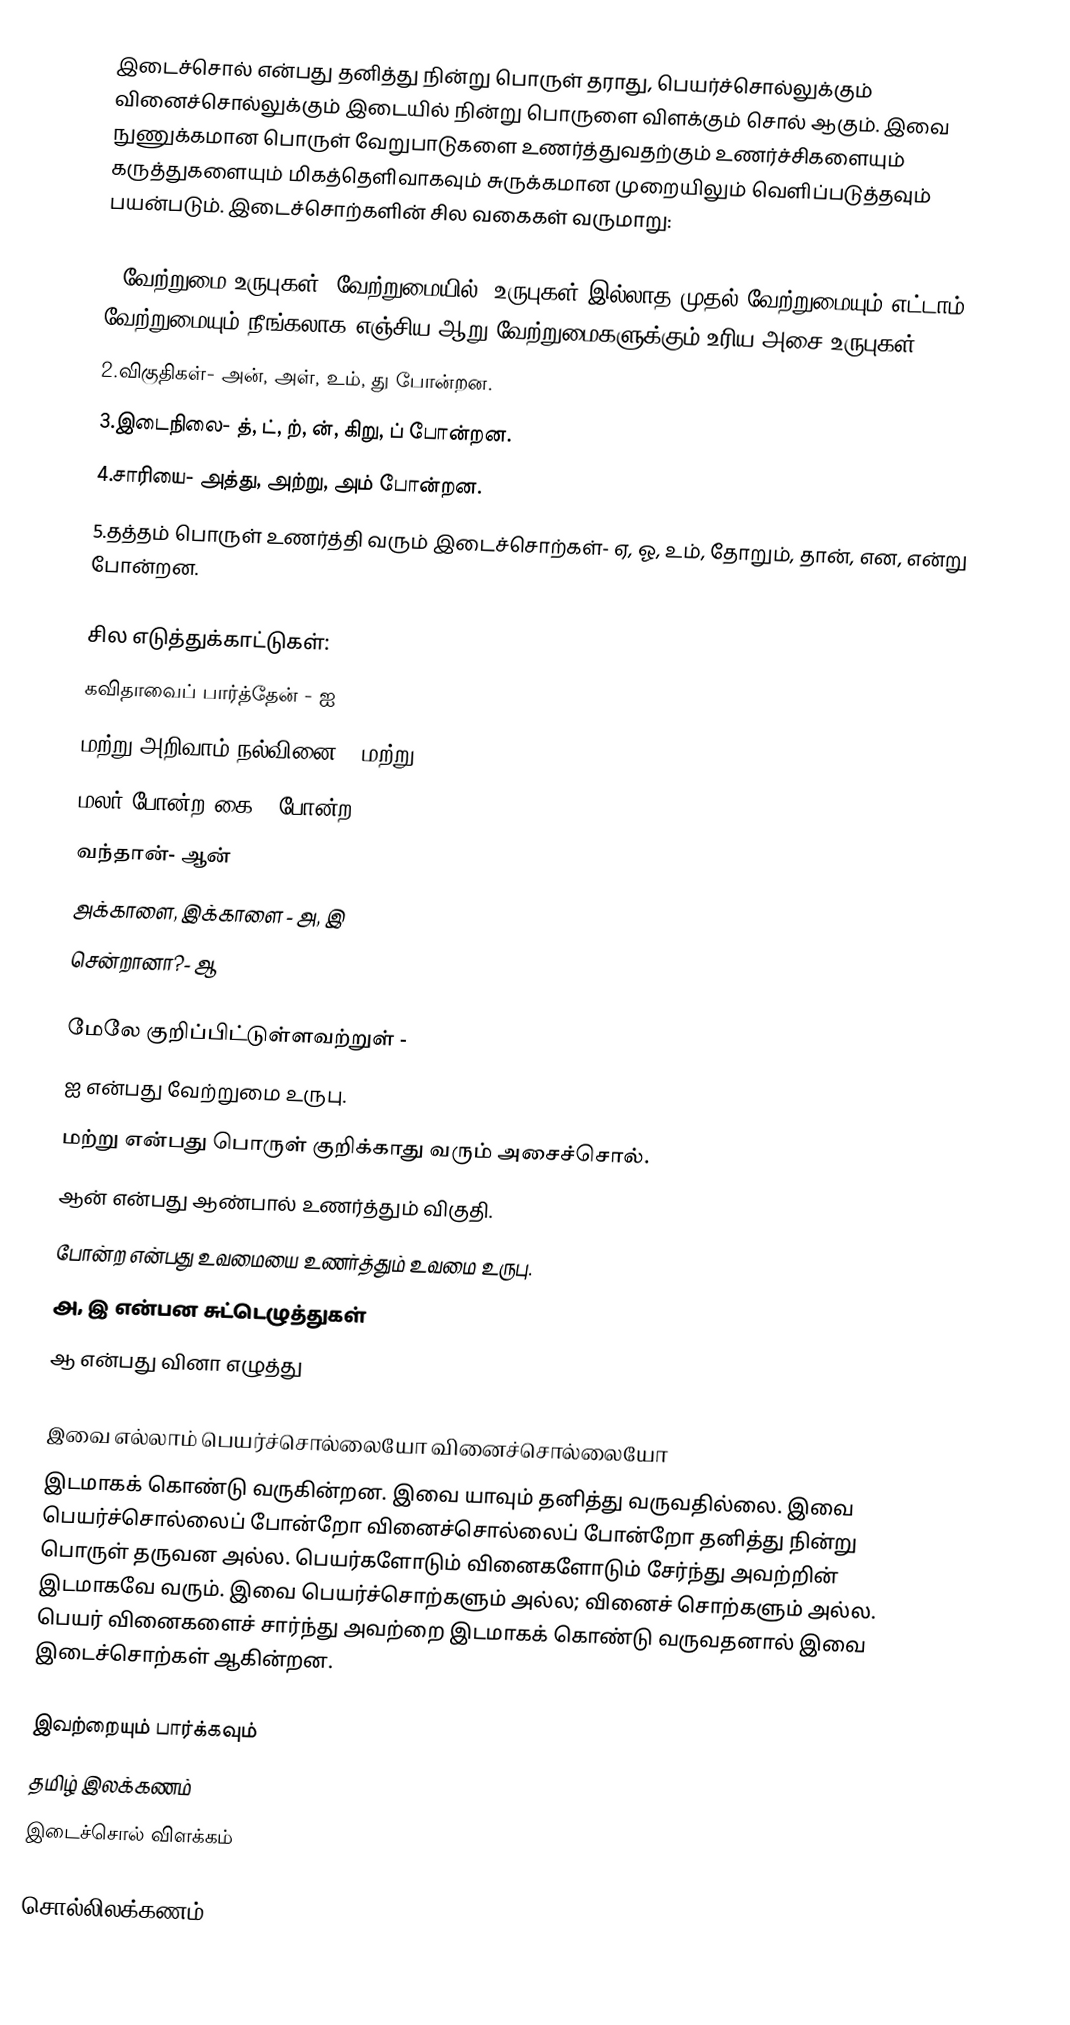
இடைச்சொல் என்பது தனித்து நின்று பொருள் தராது, பெயர்ச்சொல்லுக்கும் வினைச்சொல்லுக்கும் இடையில் நின்று பொருளை விளக்கும் சொல் ஆகும். இவை நுணுக்கமான பொருள் வேறுபாடுகளை உணர்த்துவதற்கும் உணர்ச்சிகளையும் கருத்துகளையும் மிகத்தெளிவாகவும் சுருக்கமான முறையிலும் வெளிப்படுத்தவும் பயன்படும். இடைச்சொற்களின் சில வகைகள் வருமாறு:

1.வேற்றுமை உருபுகள்- வேற்றுமையில், உருபுகள் இல்லாத முதல் வேற்றுமையும் எட்டாம் வேற்றுமையும் நீங்கலாக எஞ்சிய ஆறு வேற்றுமைகளுக்கும் உரிய அசை உருபுகள்.
2.விகுதிகள்- அன், அள், உம், து போன்றன.
3.இடைநிலை- த், ட், ற், ன், கிறு, ப் போன்றன.
4.சாரியை- அத்து, அற்று, அம் போன்றன.
5.தத்தம் பொருள் உணர்த்தி வரும் இடைச்சொற்கள்- ஏ, ஓ, உம், தோறும், தான், என, என்று போன்றன.

சில எடுத்துக்காட்டுகள்:
கவிதாவைப் பார்த்தேன் - ஐ
மற்று அறிவாம் நல்வினை - மற்று
மலர் போன்ற கை - போன்ற
வந்தான்- ஆன்
அக்காளை, இக்காளை - அ, இ
சென்றானா?- ஆ

மேலே குறிப்பிட்டுள்ளவற்றுள் -
ஐ என்பது வேற்றுமை உருபு.
மற்று என்பது பொருள் குறிக்காது வரும் அசைச்சொல்.
ஆன் என்பது ஆண்பால் உணர்த்தும் விகுதி.
போன்ற என்பது உவமையை உணர்த்தும் உவமை உருபு.
அ, இ என்பன சுட்டெழுத்துகள்
ஆ என்பது வினா எழுத்து

இவை எல்லாம் பெயர்ச்சொல்லையோ வினைச்சொல்லையோ
இடமாகக் கொண்டு வருகின்றன. இவை யாவும் தனித்து வருவதில்லை. இவை பெயர்ச்சொல்லைப் போன்றோ வினைச்சொல்லைப் போன்றோ தனித்து நின்று பொருள் தருவன அல்ல. பெயர்களோடும் வினைகளோடும் சேர்ந்து அவற்றின் இடமாகவே வரும். இவை பெயர்ச்சொற்களும் அல்ல; வினைச் சொற்களும் அல்ல. பெயர் வினைகளைச் சார்ந்து அவற்றை இடமாகக் கொண்டு வருவதனால் இவை இடைச்சொற்கள் ஆகின்றன.

இவற்றையும் பார்க்கவும்
 தமிழ் இலக்கணம்
 இடைச்சொல் விளக்கம்

சொல்லிலக்கணம்